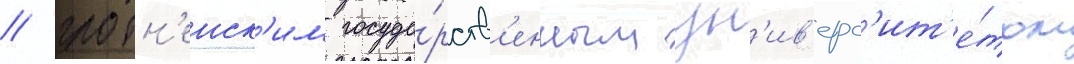
/ гродн'енск'им госуда́рств'енным ун'ив'ерс'ит'е́том